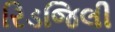
રિડજિલી